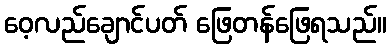
ဝေ့လည်ချောင်ပတ် ဖြေတန်ဖြေရသည်။